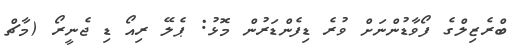
ބްރެޒިލްގެ ފޯވާޑުންނަށް ވުރެ ޑިފެންޑަރުން މޮޅު: ޕެލޭ ރިއޯ ޑި ޖެނީރޯ (މާޗް